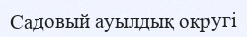
Садовый ауылдық округі